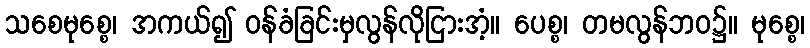
သစေမုစ္စေ၊ အကယ်၍ ဝန်ခံခြင်းမှလွန်လိုငြားအံ့။ ပေစ္စ၊ တမလွန်ဘဝ၌။ မုစ္စေ၊